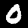
Digit: 0